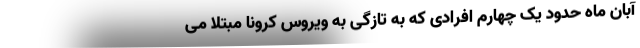
آبان ماه حدود یک چهارم افرادی که به تازگی به ویروس کرونا مبتلا می